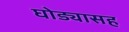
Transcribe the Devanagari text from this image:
घोड्यासह